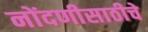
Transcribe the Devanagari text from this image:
नोंदणीसाठीचे